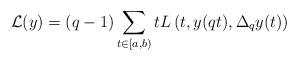
LaTeX: \begin{align*}\mathcal{L}(y)=(q-1) \sum_{t \in [a,b)} t L\left(t,y(qt),\Delta_{q}y(t)\right)\end{align*}